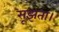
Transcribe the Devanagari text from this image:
सूझता।